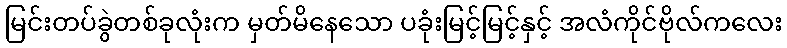
မြင်းတပ်ခွဲတစ်ခုလုံးက မှတ်မိနေသော ပခုံးမြင့်မြင့်နှင့် အလံကိုင်ဗိုလ်ကလေး